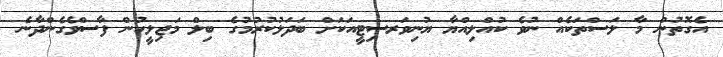
އެގޮތުން މާ ލަސްތަކެއް ނުވެ ކުއްލިއްޔާ ޔުނިވަރސިޓީއަކަށް ބަދަލުކުރުމުގެ ބިލް މަޖިލީހުން ފާސްވެގެންދާނެ